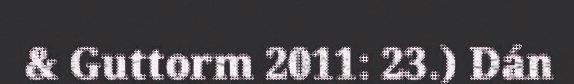
& Guttorm 2011: 23.) Dán